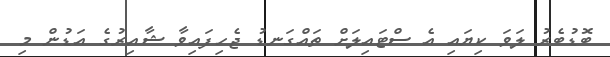
ބޮޑުބެރު ލަވަ ކިޔައި އެ ސްޓައިލަށް ތައްގަނޑު ޖެހިފައިވާ ޝާއިރުގެ އަޑުން މި